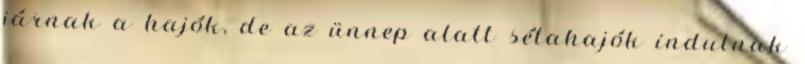
járnak a hajók, de az ünnep alatt sétahajók indulnak